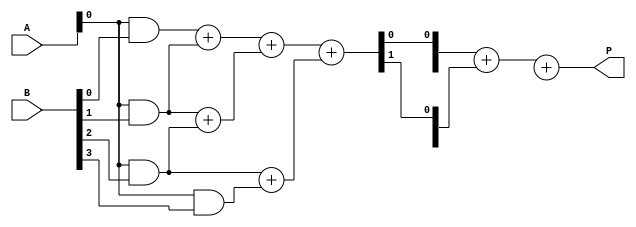
module wallace_tree_multiplier #(parameter A_WIDTH = 4, B_WIDTH = 4)(
    input [A_WIDTH-1:0] A,
    input [B_WIDTH-1:0] B,
    output [A_WIDTH + B_WIDTH - 1:0] P
);

// Generate Partial Products
wire [A_WIDTH-1:0] pp[B_WIDTH-1:0]; // Partial products array

genvar i;
generate
    for(i = 0; i < B_WIDTH; i = i + 1) begin : partial_product_gen
        assign pp[i] = A & {A_WIDTH{B[i]}}; // Generate partial products
    end
endgenerate

// Wallace Tree Reduction Logic
wire [A_WIDTH + B_WIDTH - 1:0] sum[2:0]; // Intermediate sums
wire [A_WIDTH + B_WIDTH - 1:0] carry[2:0]; // Intermediate carries
wire [A_WIDTH + B_WIDTH - 1:0] final_sum;
wire [A_WIDTH + B_WIDTH - 1:0] final_carry;

// Level 1 Reduction
generate
    for(i = 0; i < B_WIDTH; i = i + 1) begin : reduce_level1
        if(i < B_WIDTH - 1) begin
            assign {carry[0][i], sum[0][i]} = pp[i][0] + pp[i+1][0]; // LSB
            assign {carry[0][A_WIDTH+i], sum[0][A_WIDTH+i]} = pp[i][A_WIDTH-1] + pp[i+1][A_WIDTH-1]; // MSB
        end
    end
endgenerate

// Level 2 Reduction (Group of 3)
generate
    for(i = 0; i < (B_WIDTH + 1) / 3; i = i + 1) begin : reduce_level2
        if (i*3 < B_WIDTH) begin
            assign {carry[1][i], sum[1][i]} = sum[0][i*3] + sum[0][i*3 + 1] + sum[0][i*3 + 2];
        end
    end
endgenerate

// Final Addition
assign final_sum = sum[1] + carry[1];
assign P = final_sum + final_carry;

endmodule